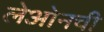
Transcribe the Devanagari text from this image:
लेओनची